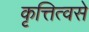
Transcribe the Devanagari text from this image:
कृत्तित्वसे